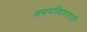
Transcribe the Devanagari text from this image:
श्रमपरिहारासाठी